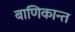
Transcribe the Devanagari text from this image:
बाणिकान्त